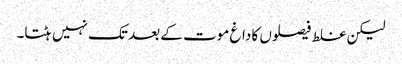
لیکن غلط فیصلوں کا داغ موت کے بعد تک نہیں ہٹتا۔